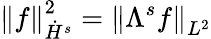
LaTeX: \left\| f\right\| _{\dot{H}^{s}}^{2}=\left\| \Lambda^{s}f\right\| _{L^{2}}